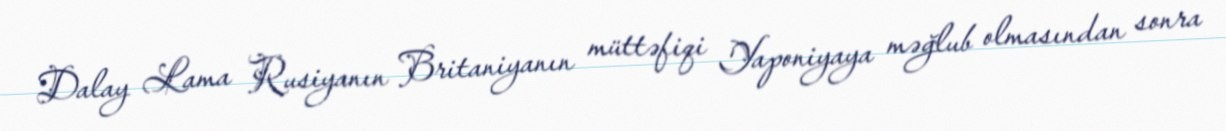
Dalay Lama Rusiyanın Britaniyanın müttəfiqi Yaponiyaya məğlub olmasından sonra